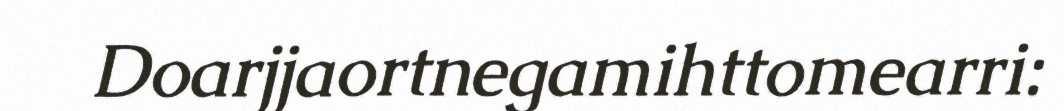
Doarjjaortnegamihttomearri: